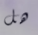
هل